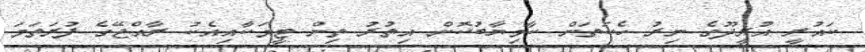
ކައުރީ އުރީދޫގެ ނިރު ހެކަތަން ކާމިޔާބުކޮށް އިތުރު ތިން ޓީމަކާއިއެކު ރާއްޖޭގެ ފުރަތަމަ